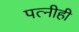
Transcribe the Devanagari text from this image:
पत्‍नीही